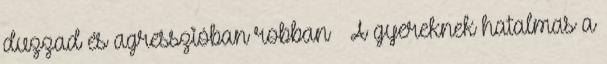
duzzad és agresszióban robban – A gyereknek hatalmas a